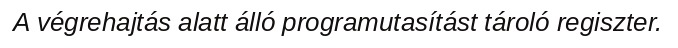
A végrehajtás alatt álló programutasítást tároló regiszter.